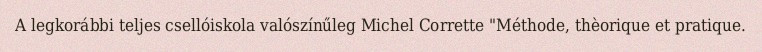
A legkorábbi teljes csellóiskola valószínűleg Michel Corrette "Méthode, thèorique et pratique.